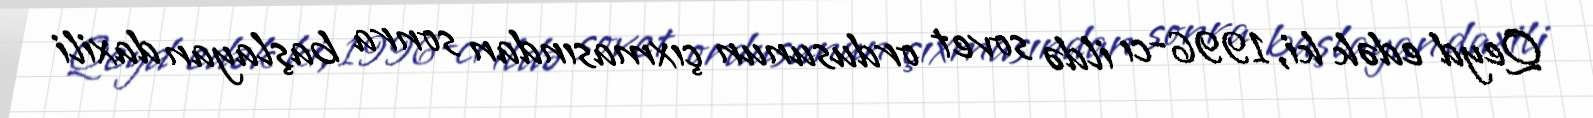
Qeyd edək ki, 1996-cı ildə sovet ordusunun çıxmasından sonra başlayan daxili